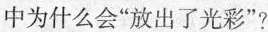
中为什么会”放出了光彩”?